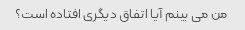
من می بینم آیا اتفاق دیگری افتاده است؟